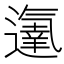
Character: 𨗵